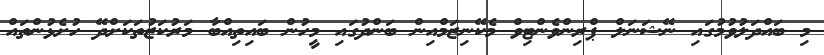
މި ބައްދަލުވުމުގައި ނޭޝަނަލް ޕްރިންވެންޓިވް މެކޭނިޒަމްއިން ބަންދުގައި މީހުން ބައިތިއްބާ މަރުކަޒުތަކަށްދޭ ހުށެޅުންތައް